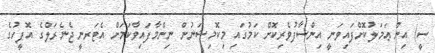
ސީ) އިން ޢަމަލުކޮށްފައިވަނީ އިންސާފުވެރިކޮށް ކަމުގައި މިކޮމިޝަނުން ނިންމާފައިވާކަމަށް އެޓަރނީ ޖެނެރަލްގެ އޮފީހުގެ